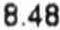
8.48